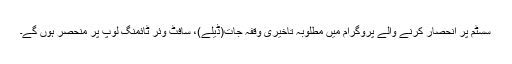
سسٹم پر انحصار کرنے والے پروگرام میں مطلوبہ تاخیری وقفہ جات(ڈیلے)، سافٹ وئر ٹائمنگ لوپ پر منحصر ہوں گے۔